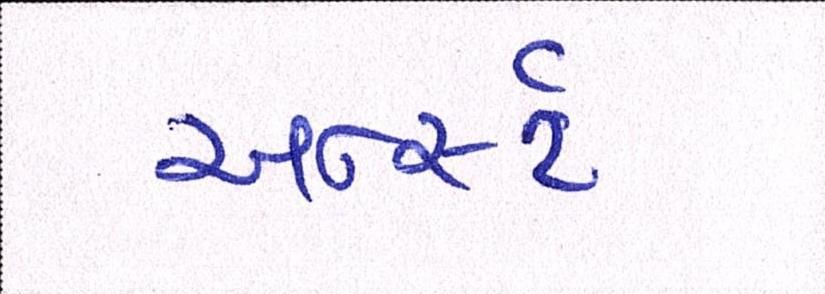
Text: અર્ન્સ્ટ